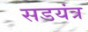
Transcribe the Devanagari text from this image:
सडयंत्र